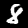
Digit: 8